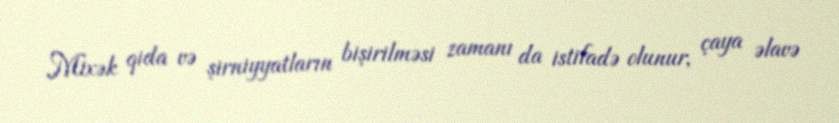
Mixək qida və şirniyyatların bişirilməsi zamanı da istifadə olunur, çaya əlavə